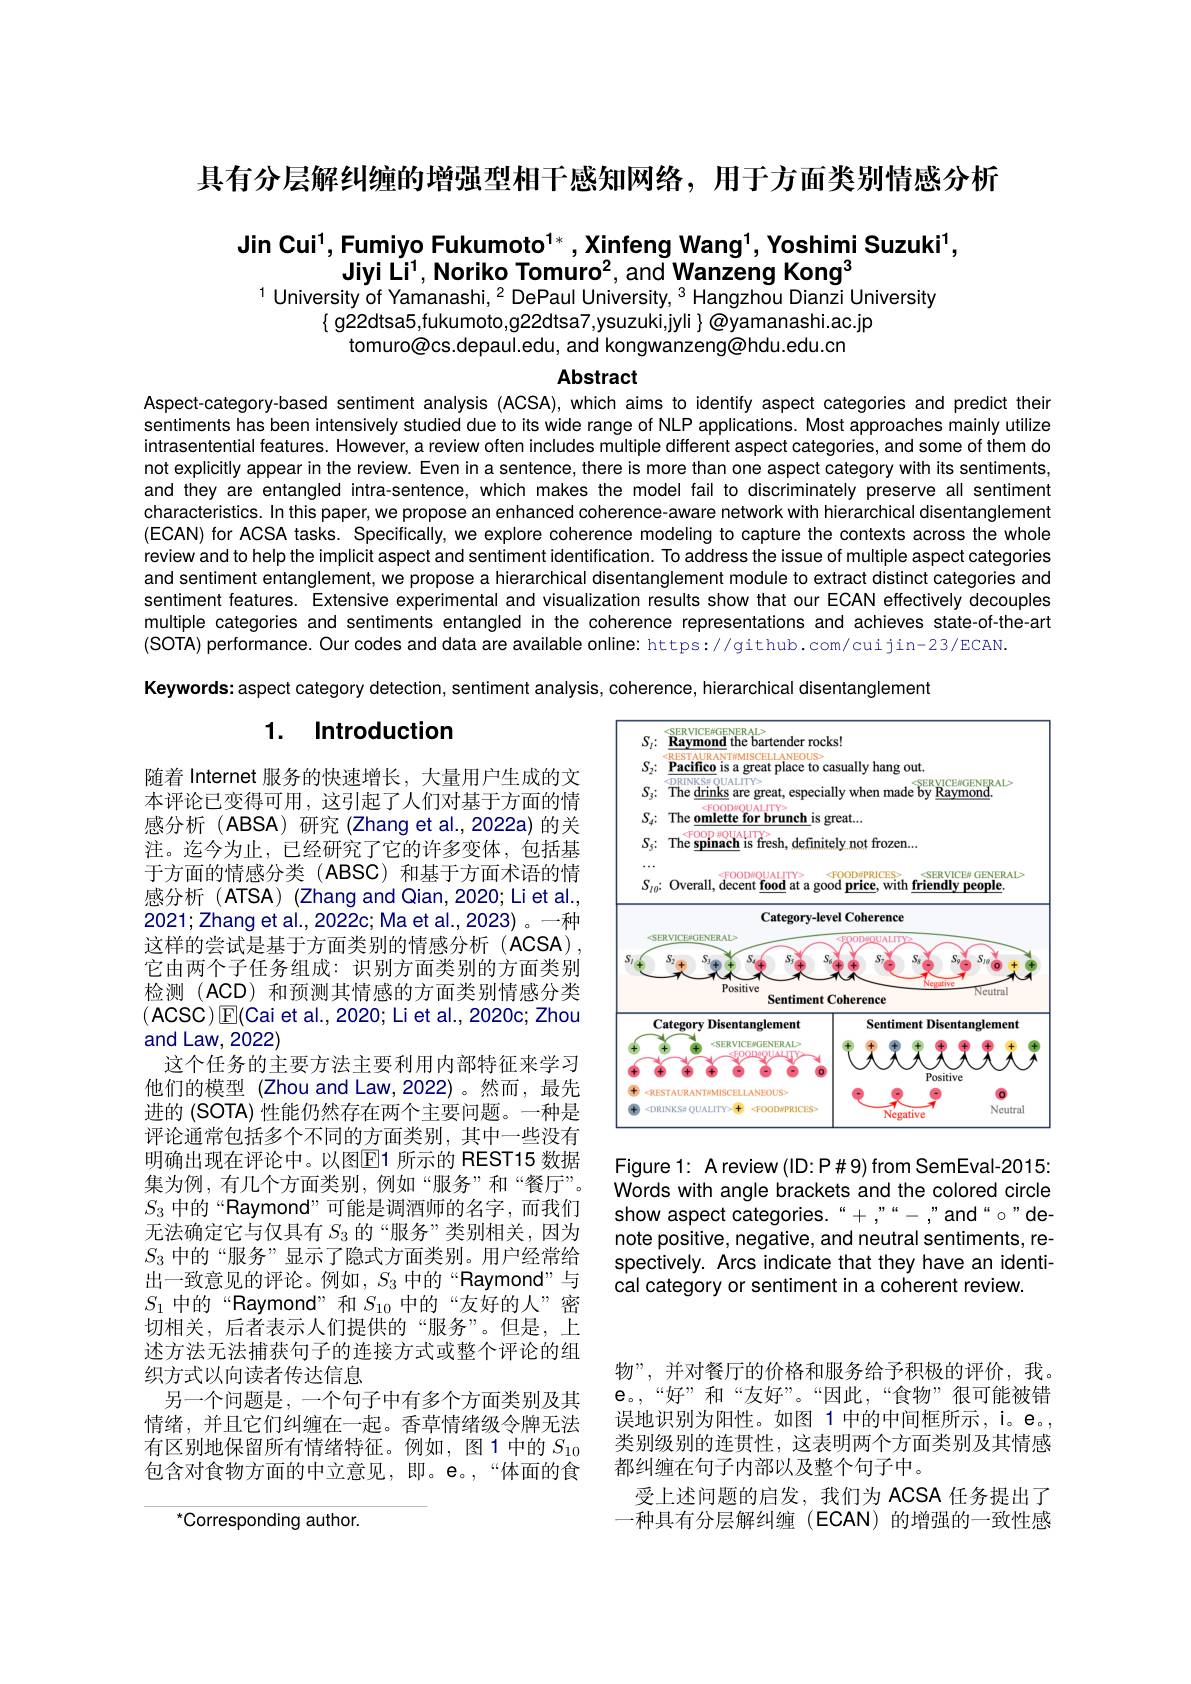
具有分层解纠缠的增强型相干感知网络，用于方面类别情感分析

Jin Cui$^1$,Fumiyo Fukumoto$^1*$,Xinfeng Wang$^1$,Yoshimi Suzuki$^1$,
Jiyi Li$^1$, Noriko Tomuro$^2$, and Wanzeng Kong$^3$
$^{1}$ University of Yamanashi, $^{2}$ DePaul University, $^{3}$ Hangzhou Dianzi University

$\{$ g22dtsa5,fukumoto,g22dtsa7,ysuzuki,jyli $\}\textcircled{\text{@yamanashi.ac.jp}}$
tomuro@cs.depaul.edu, and kongwanzeng@hdu.edu.cn

Abstract

Aspect-category-based sentiment analysis (ACSA), which aims to identify aspect categories and predict their sentiments has been intensively studied due to its wide range of NLP applications. Most approaches mainly utilize intrasentential features. However, a review often includes multiple different aspect categories, and some of them do not explicitly appear in the review. Even in a sentence, there is more than one aspect category with its sentiments, and they are entangled intra-sentence, which makes the model fail to discriminately preserve all sentiment characteristics. In this paper, we propose an enhanced coherence-aware network with hierarchical disentanglement (ECAN) for ACSA tasks. Specifically, we explore coherence modeling to capture the contexts across the whole review and to help the implicit aspect and sentiment identification. To address the issue of multiple aspect categories and sentiment entanglement, we propose a hierarchical disentanglement module to extract distinct categories and sentiment features. Extensive experimental and visualization results show that our ECAN effectively decouples multiple categories and sentiments entangled in the coherence representations and achieves state-of-the-art (SOTA) performance. Our codes and data are available online: https://github.com/cuijin-23/ECAN.
Keywords: aspect category detection, sentiment analysis, coherence, hierarchical disentanglement

## 1. Introduction

<FigureHere>

随着 Internet 服务的快速增长，大量用户生成的文本评论已变得可用，这引起了人们对基于方面的情感分析(ABSA)研究(Zhang et al.,2022a)的关注。迄今为止，已经研究了它的许多变体，包括基于方面的情感分类 (ABSC) 和基于方面术语的情感分析(ATSA)(Zhang and Qian,2020; Li et al., 2021;Zhang et al., 2022c; Ma et al.,2023)。一种这样的尝试是基于方面类别的情感分析(ACSA), 它由两个子任务组成：识别方面类别的方面类别检测(ACD)和预测其情感的方面类别情感分类$(\mathsf{ACSC})\operatorname{E}(\mathsf{Cai~et~al.,~2020;~Li~et~al.,~2020c;~Zhou}$ and Law, 2022)
这个任务的主要方法主要利用内部特征来学习他们的模型 (Zhou and Law,2022)。然而，最先进的 (SOTA) 性能仍然存在两个主要问题。一种是评论通常包括多个不同的方面类别，其中一些没有明确出现在评论中。以图$\mathbb{E}$1 所示的 REST15 数据集为例，有几个方面类别，例如“服务”和“餐厅”。$S_3$中的“Raymond”可能是调酒师的名字，而我们无法确定它与仅具有$S_{3}$的“服务”类别相关，因为$S_3$中的“服务”显示了隐式方面类别。用户经常给出一致意见的评论。例如，$S_{3}$中的“Raymond”与$S_{1}$中的“Raymond”和$S_{10}$中的“友好的人”密切相关，后者表示人们提供的“服务”。但是，上述方法无法捕获句子的连接方式或整个评论的组织方式以向读者传达信息
另一个问题是，一个句子中有多个方面类别及其情绪，并且它们纠缠在一起。香草情绪级令牌无法有区别地保留所有情绪特征。例如，图1中的$S_{10}$ 包含对食物方面的中立意见，即。e。,“体面的食

Figure 1: A review (ID: P#9) from SemEval-2015: Words with angle brackets and the colored circle show aspect categories.“+,”“-,”and“o"denote positive, negative, and neutral sentiments, respectively. Arcs indicate that they have an identical category or sentiment in a coherent review.

物”,并对餐厅的价格和服务给予积极的评价，我。e。,“好”和“友好”。“因此，“食物”很可能被错误地识别为阳性。如图 1 中的中间框所示，i。e。, 类别级别的连贯性，这表明两个方面类别及其情感都纠缠在句子内部以及整个句子中。
受上述问题的启发，我们为 ACSA 任务提出了一种具有分层解纠缠(ECAN)的增强的一致性感

$^{*}$Corresponding author.